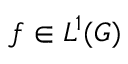
f \in L ^ { 1 } ( G )